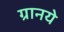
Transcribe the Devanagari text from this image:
ग्रानये